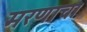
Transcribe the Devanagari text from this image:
मरणाचा